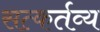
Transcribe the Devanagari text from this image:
सत्कर्तव्य